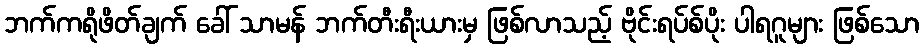
ဘက်ကရိုဖိတ်ချက် ခေါ် သာမန် ဘက်တီးရီးယားမှ ဖြစ်လာသည့် ဗိုင်းရပ်စ်ပိုး ပါရဂူများ ဖြစ်သော